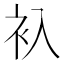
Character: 𬡂